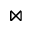
\bowtie